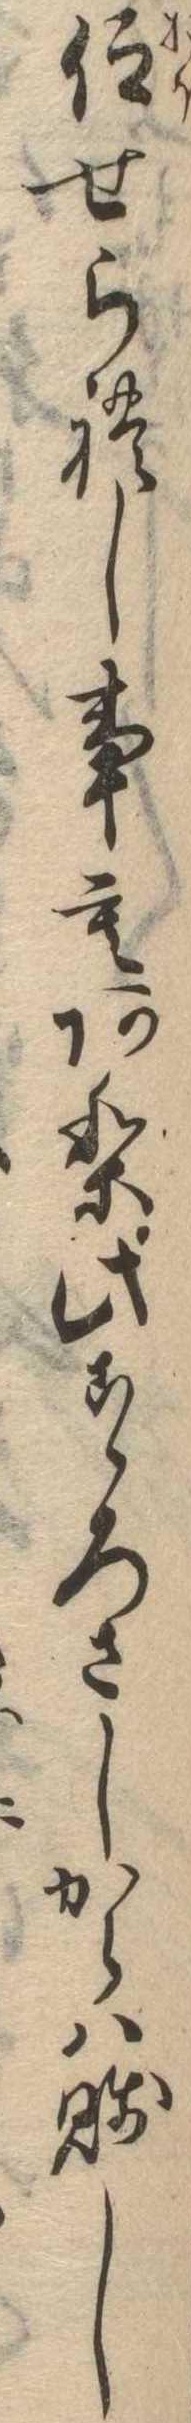
仰せられし事もあり此こゝろさしからは賎し